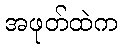
အဖုတ်ထဲက